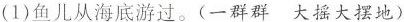
(1)鱼儿从海底游过。(一群群大摇大摆地)